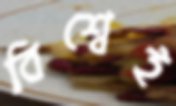
বিশ্বেই